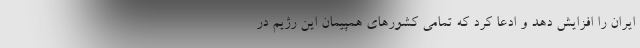
ایران را افزایش دهد و ادعا کرد که تمامی کشورهای همپیمان این رژیم در